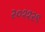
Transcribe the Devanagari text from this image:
२०११२९